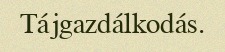
Tájgazdálkodás.